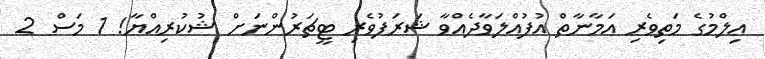
ޢިލްމުގެ މަތިވެރި އަމާނާތް އުފުއްލަވާދެއްވާ ޝަރަފުވެރި ޓީޗަރުންނަށް ޝުކުރިއްޔާ! 1 މަސް 2